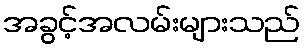
အခွင့်အလမ်းများသည်